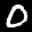
Label: 0